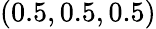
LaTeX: (0.5,0.5,0.5)